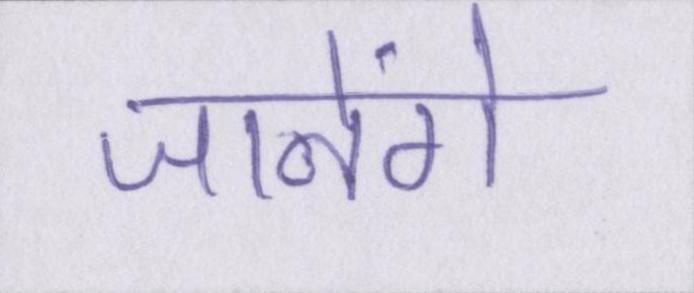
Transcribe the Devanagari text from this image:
जानेंगे